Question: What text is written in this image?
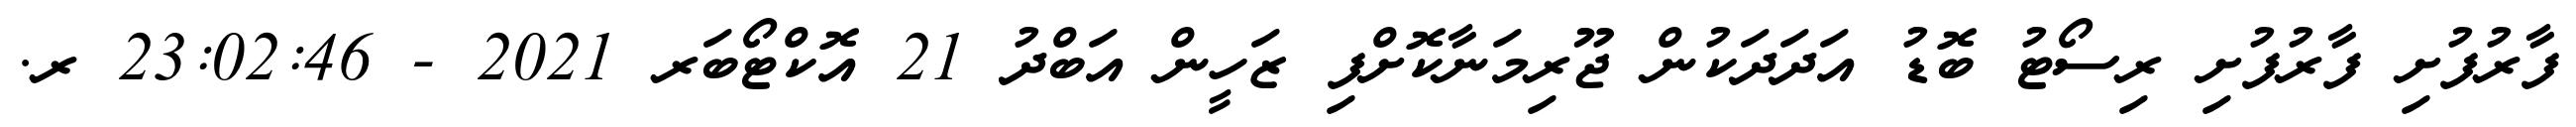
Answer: ފާރުފުށި ފާރުފުށި ރިސޯޓު ބޮޑު އަދަދަކުން ޖޫރިމަނާކޮށްފި ޒަހީން އަބްދު 21 އޮކްޓޯބަރ 2021 - 23:02:46 ރ.